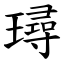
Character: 璕